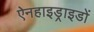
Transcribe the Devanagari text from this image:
ऐनहाइड्राइडों